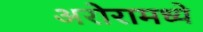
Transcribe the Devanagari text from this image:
अरोरामध्ये